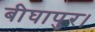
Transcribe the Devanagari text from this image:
बीघापुर।